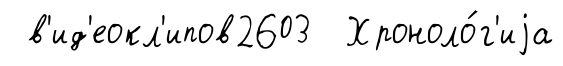
в'ид'еокл'ипов2603 Хроноло́г'иjа